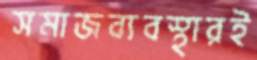
সমাজব্যবস্থারই